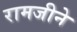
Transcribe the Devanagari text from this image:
रामजीने